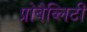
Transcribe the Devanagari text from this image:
प्रोबैब्लिटी